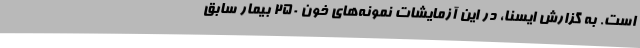
است. به گزارش ایسنا، در این آزمایشات نمونه‌های خون ۲۵۰ بیمار سابق